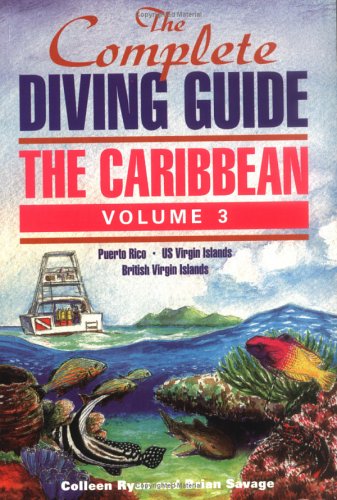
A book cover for The Complete Diving Guide: The Caribbean, Volume 3 (Puerto Rico/US Virgin Islands/British Virgin Islands); Colleen Ryan; Travel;